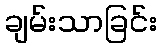
ချမ်းသာခြင်း